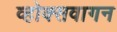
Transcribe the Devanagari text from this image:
व्होक्सवागन